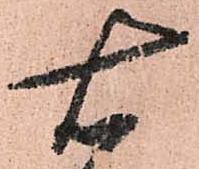
右